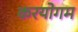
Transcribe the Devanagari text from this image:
करयोगम